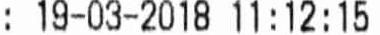
: 19-03-2018 11:12:15